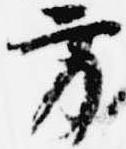
方